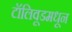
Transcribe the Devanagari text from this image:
टॉलिवूडमधून